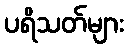
ပရိသတ်များ